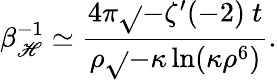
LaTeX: \beta_{\mathscr{H}}^{-1}\simeq\frac{{4\pi\sqrt{}{{-\zeta^{\prime}(-2)}}\ t}}{{\rho\sqrt{}{{-\kappa\ln(\kappa\rho^{6})}}}}.